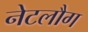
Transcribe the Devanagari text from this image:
नेटलौग